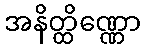
အနိတ္ထိဏ္ဏော